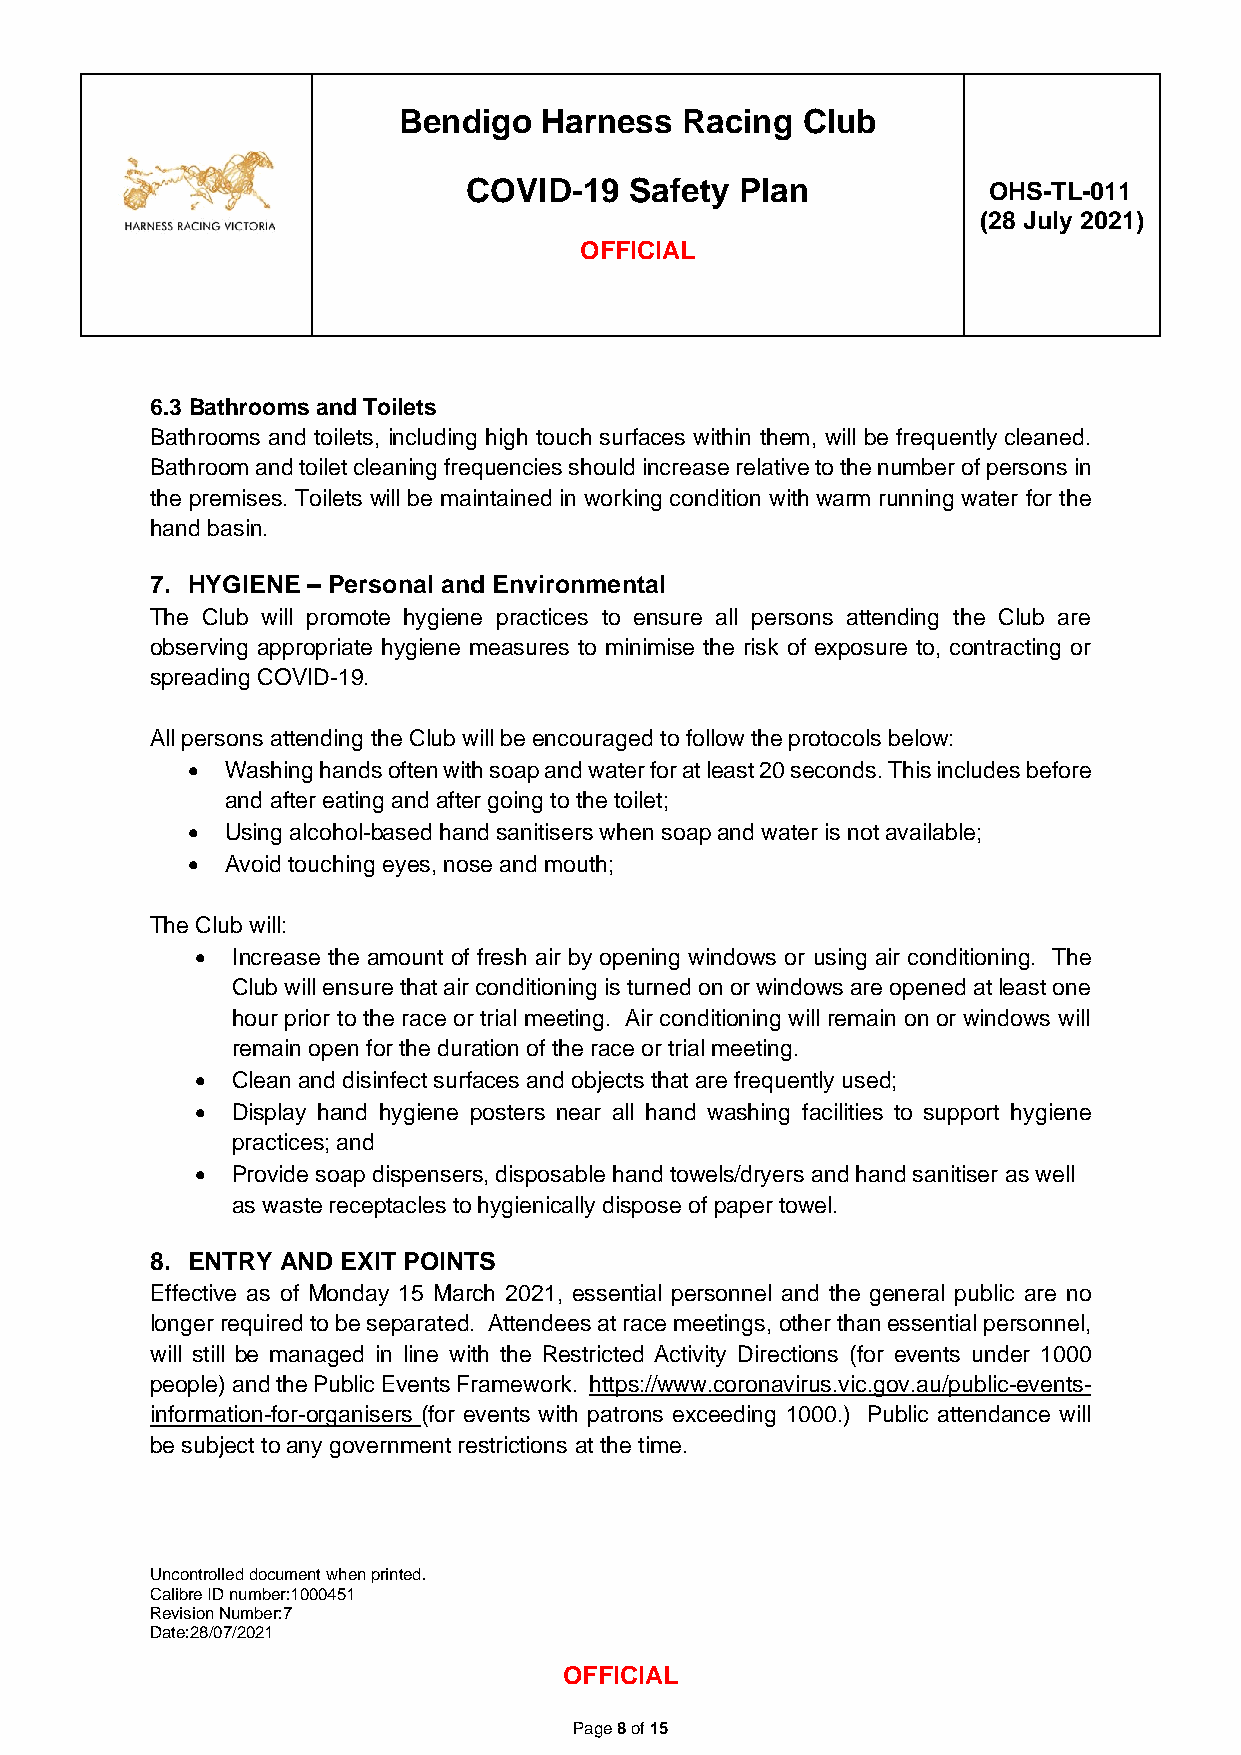
Bendigo   Harness  Racing  Club
 COVID-19   Safety Plan            OHS-TL-011
 (28 July 2021)
 OFFICIAL
 6.3 Bathrooms and Toilets
 Bathrooms and toilets, including high touch surfaces within them, will be frequently cleaned.
 Bathroom and toilet cleaning frequencies should increase relative to the number of persons in
 the premises. Toilets will be maintained in working condition with warm running water for the
 hand basin.
 7. HYGIENE – Personal and Environmental
 The Club will promote hygiene practices to ensure all persons attending the Club are
 observing appropriate hygiene measures to minimise the risk of exposure to, contracting or
 spreading COVID-19.
 All persons attending the Club will be encouraged to follow the protocols below:
 •  Washing hands often with soap and water for at least 20 seconds. This includes before
 and after eating and after going to the toilet;
 •  Using alcohol-based hand sanitisers when soap and water is not available;
 •  Avoid touching eyes, nose and mouth;
 The Club will:
 • Increase the amount of fresh air by opening windows or using air conditioning. The
 Club will ensure that air conditioning is turned on or windows are opened at least one
 hour prior to the race or trial meeting. Air conditioning will remain on or windows will
 remain open for the duration of the race or trial meeting.
 • Clean and disinfect surfaces and objects that are frequently used;
 • Display hand hygiene posters near all hand washing facilities to support hygiene
 practices; and
 • Provide soap dispensers, disposable hand towels/dryers and hand sanitiser as well
 as waste receptacles to hygienically dispose of paper towel.
 8. ENTRY AND EXIT POINTS
 Effective as of Monday 15 March 2021, essential personnel and the general public are no
 longer required to be separated. Attendees at race meetings, other than essential personnel,
 will still be managed in line with the Restricted Activity Directions (for events under 1000
 people) and the Public Events Framework. https://www.coronavirus.vic.gov.au/public-events-
 information-for-organisers (for events with patrons exceeding 1000.) Public attendance will
 be subject to any government restrictions at the time.
 Uncontrolled document when printed.
 Calibre ID number:1000451
 Revision Number:7
 Date:28/07/2021
 OFFICIAL
 Page 8 of 15